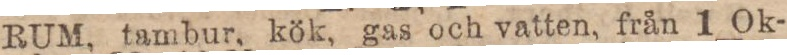
RUM, tambur, kök, gas och vatten, från 1 Ok-